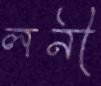
লনী